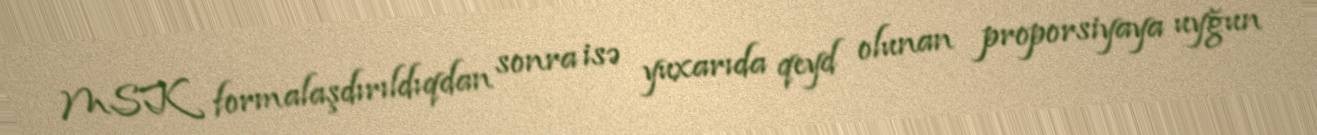
MSK formalaşdırıldıqdan sonra isə yuxarıda qeyd olunan proporsiyaya uyğun